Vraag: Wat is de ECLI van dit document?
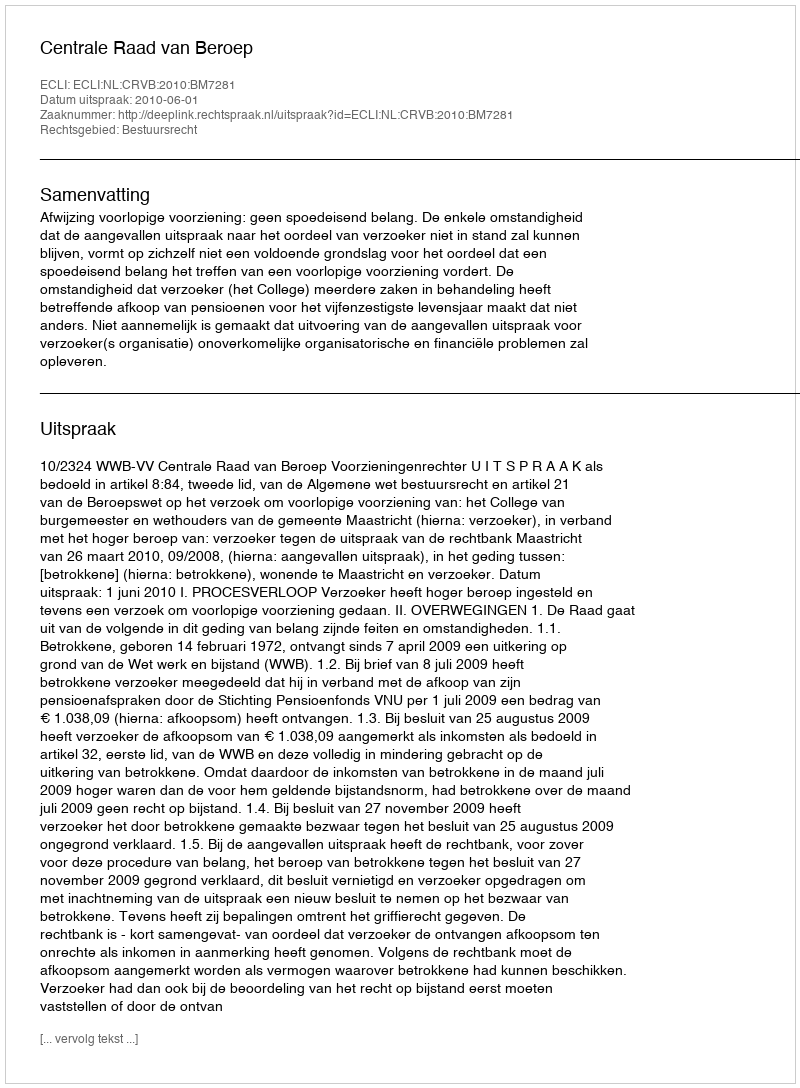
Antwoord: ECLI:NL:CRVB:2010:BM7281